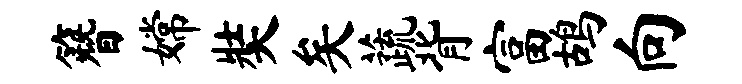
簪嫦奘矣蔬背富鸪向